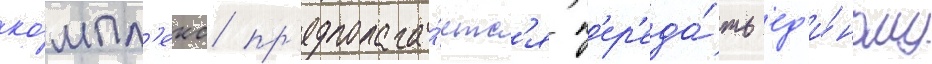
ко́мпл'екс пр'едполага́етс'я п'ер'еда́ть ед'и́ному